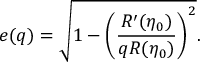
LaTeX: e ( q ) = \sqrt { 1 - \left( \frac { R ^ { \prime } ( \eta _ { 0 } ) } { q R ( \eta _ { 0 } ) } \right) ^ { 2 } } .